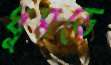
ধুমড়ে